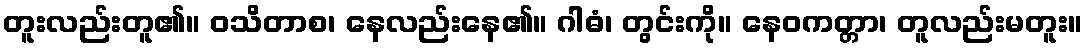
တူးလည်းတူ၏။ ဝသိတာစ၊ နေလည်းနေ၏။ ဂါဓံ၊ တွင်းကို။ နေဝကတ္တာ၊ တူလည်းမတူး။